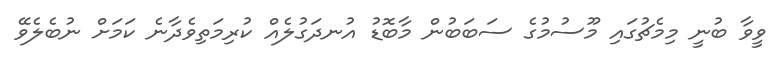
ވީވާ ބުނީ މިމެޗުގައި މޫސުމުގެ ސަބަބުން މާބޮޑު އުނދަގުލެއް ކުރިމަތިވެދާނެ ކަމަށް ނުބެލެވޭ